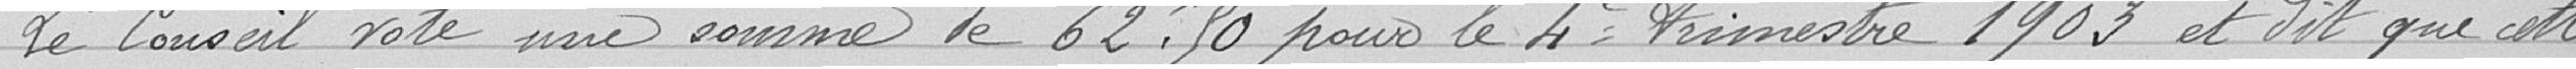
Le Conseil vote une somme de 62.50 pour le 4e trimestre 1903 et dit que cette